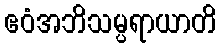
ဧဝံအဘိသမ္ပရာယာတိ